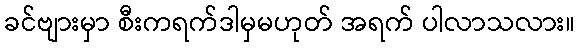
ခင်ဗျားမှာ စီးကရက်ဒါမှမဟုတ် အရက် ပါလာသလား။